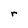
Character: r